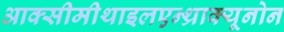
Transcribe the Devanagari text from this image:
आक्सीमीथाइलएन्थ्राक्यूनोन